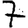
Digit: 7